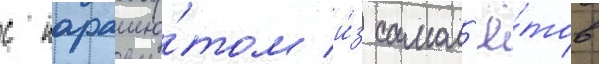
с парашю́том и́з самол'ё́тов